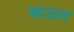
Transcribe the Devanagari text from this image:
आऊल